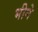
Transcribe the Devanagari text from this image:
भीने